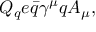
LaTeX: Q _ { q } e \bar { q } \gamma ^ { \mu } q A _ { \mu } ,